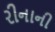
રીનાની